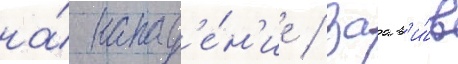
на́ напад'е́н'ие / заав'и́в